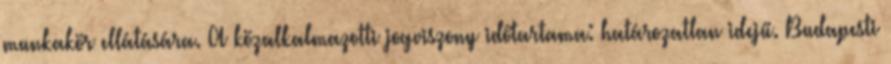
munkakör ellátására. A közalkalmazotti jogviszony időtartama: határozatlan idejű. Budapesti